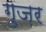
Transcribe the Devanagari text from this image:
गुज़़र